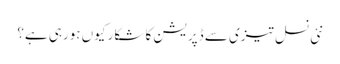
نئی نسل تیزی سے ڈپریشن کا شکار کیوں ہورہی ہے؟